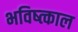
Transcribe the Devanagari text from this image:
भविष्त्काल